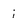
Character: i